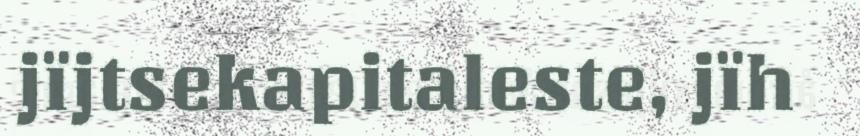
jïjtsekapitaleste, jïh